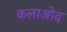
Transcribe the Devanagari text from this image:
कलाओद